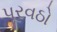
પૂરવઠો